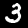
Label: 3